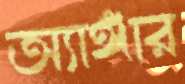
অ্যাঙ্গার